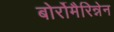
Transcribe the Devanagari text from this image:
बोर्रोमैरिन्नेन